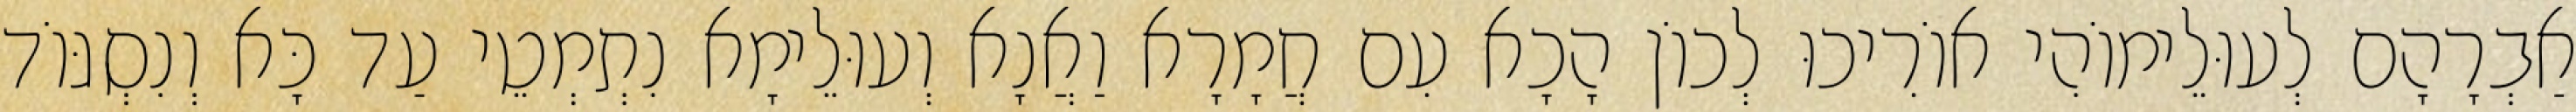
אַבְרָהָם לְעוּלֵימוֹהִי אוֹרִיכוּ לְכוֹן הָכָא עִם חֲמָרָא וַאֲנָא וְעוּלֵימָא נִתְמְטֵי עַד כָּא וְנִסְגּוֹד